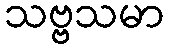
သဗ္ဗသမာ